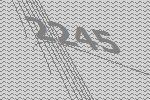
2245